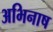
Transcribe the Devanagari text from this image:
अभिनाष